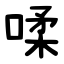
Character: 㖻